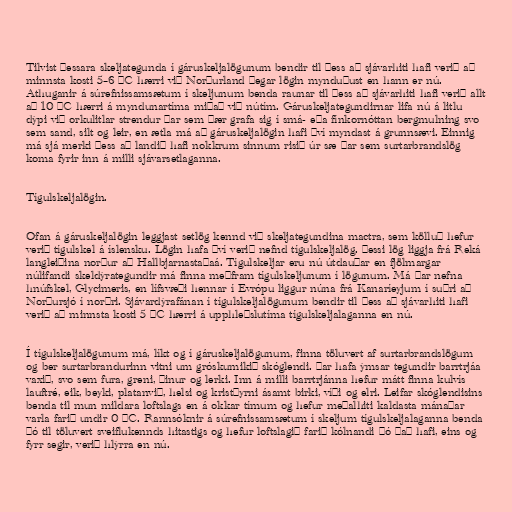
Tilvist þessara skeljategunda í gáruskeljalögunum bendir til þess að sjávarhiti hafi verið að
minnsta kosti 5–6 °C hærri við Norðurland þegar lögin mynduðust en hann er nú.
Athuganir á súrefnissamsætum í skeljunum benda raunar til þess að sjávarhiti hafi verið allt
að 10 °C hærri á myndunartíma miðað við nútím. Gáruskeljategundirnar lifa nú á litlu
dýpi við orkulitlar strendur þar sem þær grafa sig í smá- eða fínkornóttan bergmulning svo
sem sand, silt og leir, en ætla má að gáruskeljalögin hafi því myndast á grunnsævi. Einnig
má sjá merki þess að landið hafi nokkrum sinnum risið úr sæ þar sem surtarbrandslög
koma fyrir inn á milli sjávarsetlaganna.

Tígulskeljalögin.

Ofan á gáruskeljalögin leggjast setlög kennd við skeljategundina mactra, sem kölluð hefur
verið tígulskel á íslensku. Lögin hafa því verið nefnd tígulskeljalög. Þessi lög liggja frá Reká
langleiðina norður að Hallbjarnastaðaá. Tígulskeljar eru nú útdauðar en fjölmargar
núlifandi skeldýrategundir má finna meðfram tígulskeljunum í lögunum. Má þar nefna
hnúfskel, Glycimeris, en lífsvæði hennar í Evrópu liggur núna frá Kanaríeyjum í suðri að
Norðursjó í norðri. Sjávardýrafánan í tígulskeljalögunum bendir til þess að sjávarhiti hafi
verið að minnsta kosti 5 °C hærri á upphleðslutíma tígulskeljalaganna en nú.

Í tígulskeljalögunum má, líkt og í gáruskeljalögunum, finna töluvert af surtarbrandslögum
og ber surtarbrandurinn vitni um gróskumikið skóglendi. Þar hafa ýmsar tegundir barrtrjáa
vaxið, svo sem fura, greni, þinur og lerki. Inn á milli barrtrjánna hefur mátt finna kulvís
lauftré, eik, beyki, platanvið, helsi og kristþyrni ásamt birki, víði og elri. Leifar skóglendisins
benda til mun mildara loftslags en á okkar tímum og hefur meðalhiti kaldasta mánaðar
varla farið undir 0 °C. Rannsóknir á súrefnissamsætum í skeljum tígulskeljalaganna benda
þó til töluvert sveiflukennds hitastigs og hefur loftslagið farið kólnandi þó það hafi, eins og
fyrr segir, verið hlýrra en nú.